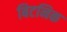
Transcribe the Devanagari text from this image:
बिटनिक